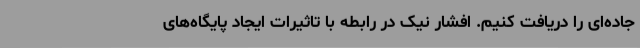
جاده‌ای را دریافت کنیم. افشار نیک در رابطه با تاثیرات ایجاد پایگاه‌های